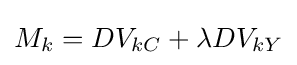
M_{k}=DV_{kC}+\lambda DV_{kY}